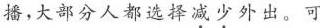
播，大部分人都选择\underset{·}{减}\underset{·}{少}外出。可